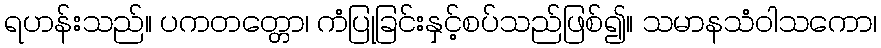
ရဟန်းသည်။ ပကတတ္တော၊ ကံပြုခြင်းနှင့်စပ်သည်ဖြစ်၍။ သမာနသံဝါသကော၊